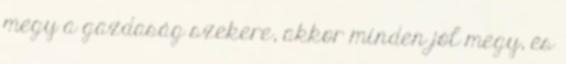
megy a gazdaság szekere, akkor minden jól megy, és